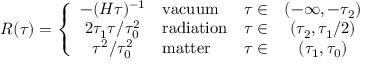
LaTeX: R ( \tau ) = \left\{ \begin{array} { c l r c } { { - ( H \tau ) ^ { - 1 } } } & { { \mathrm { v a c u u m } } } & { { \tau \in } } & { { ( - \infty , - \tau _ { 2 } ) } } \\ { { 2 \tau _ { 1 } \tau / \tau _ { 0 } ^ { 2 } } } & { { \mathrm { r a d i a t i o n } } } & { { \tau \in } } & { { ( \tau _ { 2 } , \tau _ { 1 } / 2 ) } } \\ { { \tau ^ { 2 } / \tau _ { 0 } ^ { 2 } } } & { { \mathrm { m a t t e r } } } & { { \tau \in } } & { { ( \tau _ { 1 } , \tau _ { 0 } ) } } \end{array} \right.